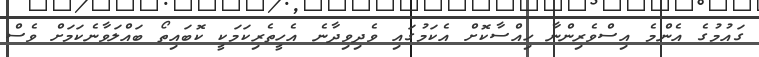
ގައުމުގެ އެންމެ އިސްވެރިންނާ ހިއްސާކޮށް އެކަމުގައި ވެދިވިދާނެ އެހީތެރިކަމަކީ ކޮބައިތޯ ބައްލަވާނެކަމަށް ވެސް